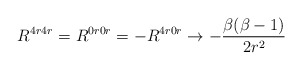
\begin{align*}R^{4r4r} = R^{0r0r} = - R^{4r0r} \rightarrow - \frac{\beta(\beta-1)}{2 r^2}\end{align*}